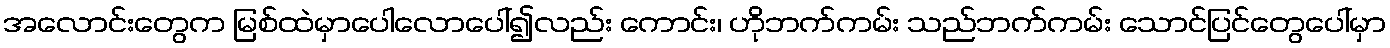
အလောင်းတွေက မြစ်ထဲမှာပေါလောပေါ်၍လည်း ကောင်း၊ ဟိုဘက်ကမ်း သည်ဘက်ကမ်း သောင်ပြင်တွေပေါ်မှာ